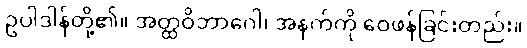
ဥပါဒါန်တို့၏။ အတ္ထဝိဘာဂေါ၊ အနက်ကို ဝေဖန်ခြင်းတည်း။